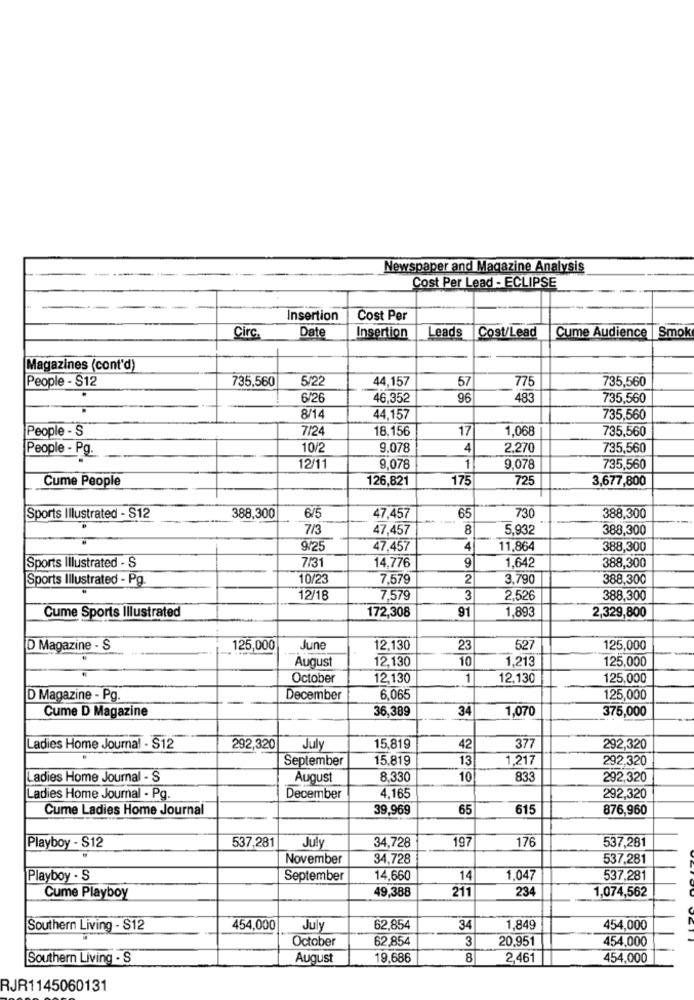
Newspaper and Magazine Analysis
Cost Per Lead - ECLIPSE
Insertion
Cost Per
Date
Leads
Cost/Lead
Cume Audience | Smok
Circ.
Insertion
Magazines (cont'd)
People - $12
735,560
5/22
44,157
57
775
735,560
6/26
46,352
96
483
735,560
8/14
44,157
735,560
People - S
7/24
18.156
17
1,068
735,560
People - Pg.
10/2
9,078
4
2,270
735,560
12/11
9,078
1
9,078
735,560
Cume People
126,821
175
725
3,677,800
Sports Illustrated - S12
388,300
6/5
47,457
65
730
388,300
7/3
47,457
8
5.932
388,300
9/25
47,457
4
11,864
388,300
7/31
1,642
Sports Illustrated - S
14,776
388,300
Sports Illustrated - Pg.
10/23
7,579
2
3,790
388,300
12/18
7,579
3
2,526
388,300
Cume Sports Illustrated
172,308
1,893
2,329,800
91
D Magazine - S
125,000
June
12,130
23
527
125,000
August
12,130
10
1,213
125,000
October
12,130
1
12,130
125,000
D Magazine - Pg.
December
6,065
125,000
Cume D Magazine
36,389
34
1,070
375,000
Ladies Home Journal - S12
292,320
July
15,819
42
377
292,320
September
15,819
13
1,217
292,320
Ladies Home Journal - S
August
8,330
10
833
292,320
Ladies Home Journal - Pg.
December
4,165
292,320
Cume Ladies Home Journal
39,969
65
615
876,960
537,281
July
34,728
197
176
537,281
Playboy - S12
November
34,728
537,281
Playboy . S
September
14,660
14
1,047
537,281
49,388
211
234
1,074,562
Cume Playboy
Southern Living - S12
454,000
July
62,854
34
1,849
454,000
October
62,854
3
20,951
454,000
Southern Living - S
August
19,686
8
2,461
454,000
RJR1145060131